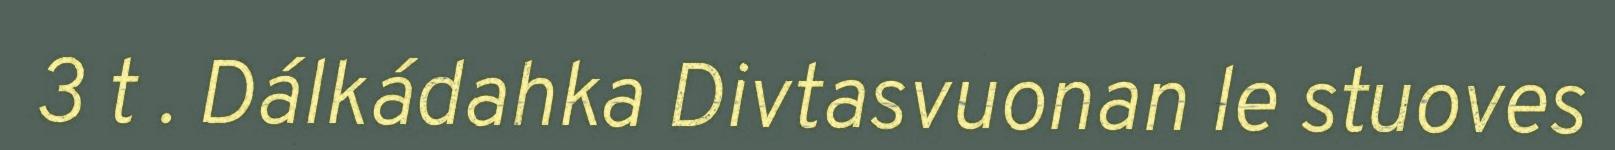
3 t . Dálkádahka Divtasvuonan le stuoves